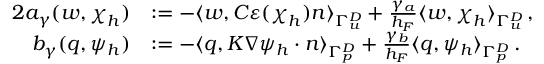
\begin{array} { r l } { { 2 } a _ { \gamma } ( \boldsymbol w , \boldsymbol \chi _ { h } ) } & { : = - \langle \boldsymbol w , \boldsymbol C \boldsymbol \varepsilon ( \boldsymbol \chi _ { h } ) \boldsymbol n \rangle _ { \Gamma _ { \boldsymbol u } ^ { D } } + \frac { \gamma _ { a } } { h _ { F } } \langle \boldsymbol w , \boldsymbol \chi _ { h } \rangle _ { \Gamma _ { \boldsymbol u } ^ { D } } \, , } \\ { b _ { \gamma } ( q , \psi _ { h } ) } & { : = - \langle q , \boldsymbol K \nabla \psi _ { h } \cdot \boldsymbol n \rangle _ { \Gamma _ { p } ^ { D } } + \frac { \gamma _ { b } } { h _ { F } } \langle q , \psi _ { h } \rangle _ { \Gamma _ { p } ^ { D } } \, . } \end{array}